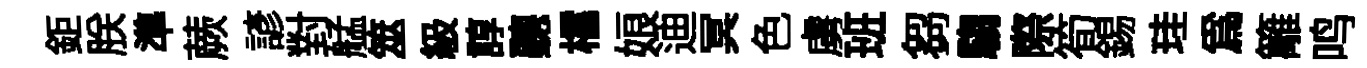
鉅朕準蕨諺對艋筮級諄聽櫺娘迪冥色虜班芻騶際筍錫珪為籬鸣